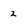
Character: 2